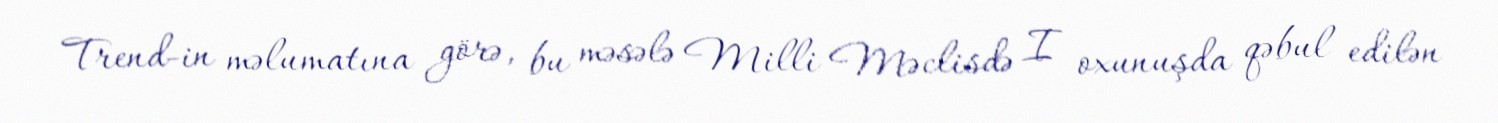
Trend-in məlumatına görə, bu məsələ Milli Məclisdə I oxunuşda qəbul edilən